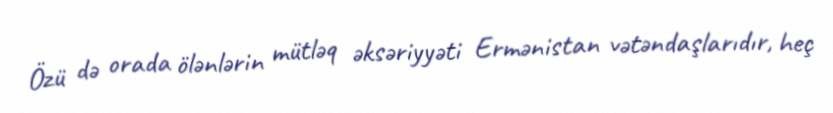
Özü də orada ölənlərin mütləq əksəriyyəti Ermənistan vətəndaşlarıdır, heç